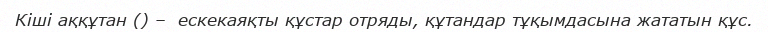
Кіші аққұтан () –  ескекаяқты құстар отряды, құтандар тұқымдасына жататын құс.